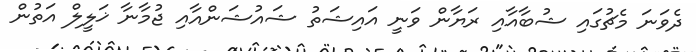
ދެވަނަ މެޗުގައި ޝުބާއާއި ރަޔާން ވަނީ އައިޝަތު ޝައުޝަންއާއި ޖުމާނާ ޚަލީލް އަތުން